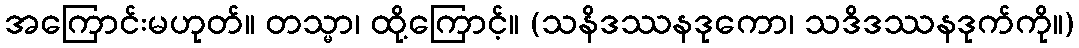
အကြောင်းမဟုတ်။ တသ္မာ၊ ထို့ကြောင့်။ (သနိဒဿနဒုကော၊ သဒိဒဿနဒုက်ကို။)